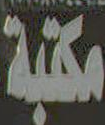
مكتبة